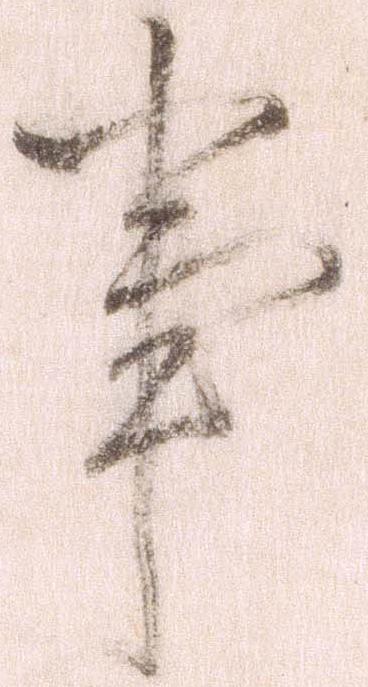
事